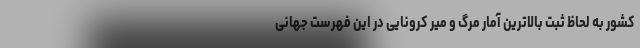
کشور به لحاظ ثبت بالاترین آمار مرگ و میر کرونایی در این فهرست جهانی